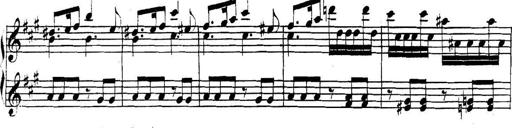
Title: Collected Piano Sonatas
Composer: Muzio Clementi